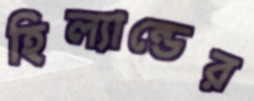
হিল্যান্ডের